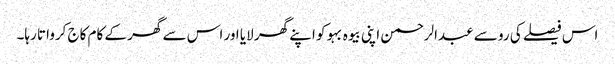
اس فیصلے کی رو سے عبدالرحمن اپنی بیوہ بہو کو اپنے گھر لایا اور اس سے گھر کے کام کاج کرواتا رہا۔